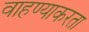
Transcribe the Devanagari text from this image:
वाहण्याकरता